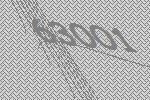
63001